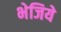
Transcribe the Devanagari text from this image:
भेजिये